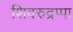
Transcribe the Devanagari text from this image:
शिवरुद्रप्पा